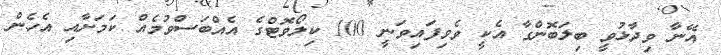
އޭނާ ވިދާޅުވީ ބިލަބޮންގާ އެކީ ވެވިފައިވަނީ 100 ކިލޯވޮޓްގެ އެއްބަސްވުމެއް ކަމަށާއި އެހެން